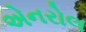
એનરોલ